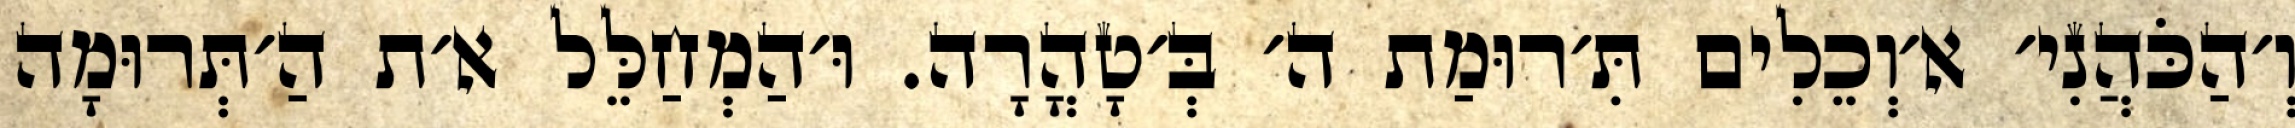
וְ׳הַכֹּהֲנִי׳ א׳וְכֵלִים תִּ׳רוּמַת ה׳ בְּ׳טָהֳרָה. וּ׳הַמְחַלֵּל א׳ת הַ׳תְּרוּמָה